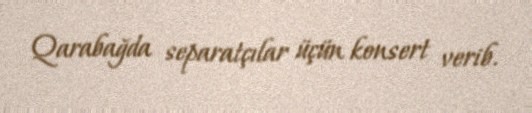
Qarabağda separatçılar üçün konsert verib.